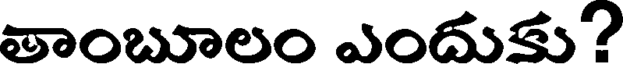
తాంబూలం ఎందుకు?